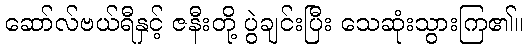
ဆော်လ်ဗယ်ရီနှင့် ဇနီးတို့ ပွဲချင်းပြီး သေဆုံးသွားကြ၏။